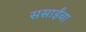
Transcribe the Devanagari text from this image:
ससाईंचा